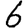
Digit: 6